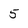
Character: 5